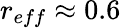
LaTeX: r_{eff}\approx 0.6